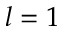
l = 1